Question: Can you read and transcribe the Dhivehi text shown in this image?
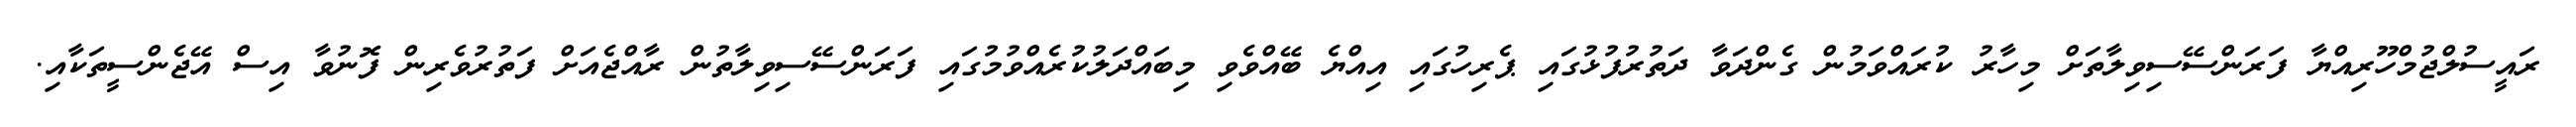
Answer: ރައީސުލްޖުމްހޫރިއްޔާ ފަރަންސޭސިވިލާތަށް މިހާރު ކުރައްވަމުން ގެންދަވާ ދަތުރުފުޅުގައި ޕެރިހުގައި އިއްޔެ ބޭއްވެވި މިބައްދަލުކުރެއްވުމުގައި ފަރަންސޭސިވިލާތުން ރާއްޖެއަށް ފަތުރުވެރިން ފޮނުވާ އިސް އޭޖެންސީތަކާއި.